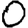
Digit: 0